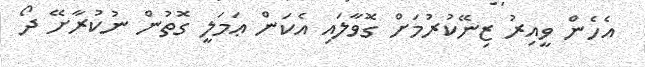
އެހެން ވީއިރު ޒިނޭކުރުމަށް ގޮވާލައި އެކަން ޢަމަލީ ގޮތުން ނުކުރާށޭ ދޯ